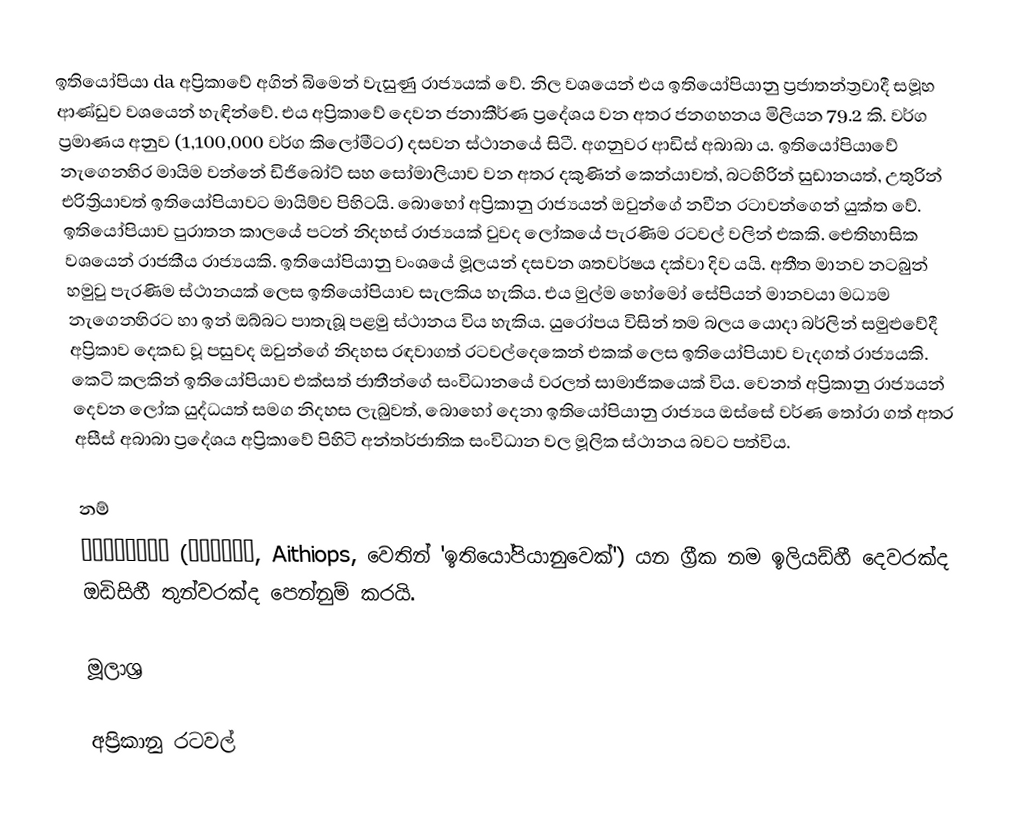
ඉතියෝපියා da අප්‍රිකාවේ අගින් බිමෙන් වැසුණු රාජ්‍යයක් වේ. නිල වශයෙන් එය ඉතියෝපියානු ප්‍රජාතන්ත්‍රවාදී සමූහ ආණ්ඩුව වශයෙන් හැඳින්වේ. එය අප්‍රිකාවේ දෙවන ජනාකීර්ණ ප්‍රදේශය වන අතර ජනගහනය මිලියන 79.2 කි. වර්ග ප්‍රමාණය අනුව (1,100,000 වර්ග කිලෝමීටර) දසවන ස්ථානයේ සිටී. අගනුවර ආඩිස් අබාබා ය. ඉතියෝපියාවේ නැගෙනහිර මායිම වන්නේ ඩිජිබෝට් සහ සෝමාලියාව වන අතර දකුණින් කෙන්යාවත්, බටහිරින් සුඩානයත්, උතුරින් එරිත්‍රියාවත් ඉතියෝපියාවට මායිම්ව පිහිටයි. බොහෝ අප්‍රිකානු රාජ්‍යයන් ඔවුන්ගේ නවීන රටාවන්ගෙන් යුක්ත වේ. ඉතියෝපියාව පුරාතන කාලයේ පටන් නිදහස් රාජ්‍යයක් වුවද ලෝකයේ පැරණිම රටවල් වලින් එකකි. ‍ඓතිහාසික වශයෙන් රාජකීය රාජ්‍යයකි. ඉතියෝපියානු වංශයේ මූලයන් දසවන ශතවර්ෂය දක්වා දිව යයි. අතීත මානව නටබුන් හමුවු පැරණිම ස්ථානයක් ලෙස ඉතියෝපියාව සැලකිය හැකිය. එය මුල්ම හෝමෝ සේපියන් මානවයා මධ්‍යම නැගෙනහිරට හා ඉන් ඔබ්බට පාතැබූ පළමු ස්ථානය විය හැකිය. යුරෝපය විසින් තම බලය යොදා බර්ලින් සමුළුවේදී අප්‍රිකාව දෙකඩ වූ පසුවද ඔවුන්ගේ නිදහස රඳවාගත් රටවල්දෙකෙන් එකක් ලෙස ඉතියෝපියාව වැදගත් රාජ්‍යයකි. කෙටි කලකින් ඉතියෝපියාව එක්සත් ජාතීන්ගේ සංවිධානයේ වරලත් සාමාජිකයෙක් විය. වෙනත් අප්‍රිකානු රාජ්‍යයන් දෙවන ලෝක යුද්ධයත් සමග නිදහස ලැබුවත්, බොහෝ දෙනා ඉතියෝපියානු රාජ්‍යය ඔස්සේ වර්ණ තෝරා ගත් අතර අසීස් අබාබා ප්‍රදේශය අප්‍රිකාවේ පිහිටි අන්තර්ජාතික සංවිධාන වල මූලික ස්ථානය බවට පත්විය.

නම්
Αἰθιοπία (Αἰθίοψ, Aithiops, වෙතින් 'ඉතියෝපියානුවෙක්') යන ග්‍රීක නම ඉලියඩ්හී දෙවරක්ද ඔඩිසිහී තුන්වරක්ද පෙන්නුම් කරයි.

මූලාශ්‍ර

අප්‍රිකානු රටවල්